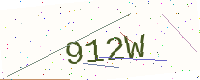
Text: 912W